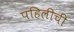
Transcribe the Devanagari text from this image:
पहिलीची